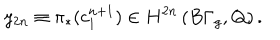
LaTeX: y _ { 2 n } \equiv \pi _ { * } ( c _ { 1 } ^ { n + 1 } ) \in H ^ { 2 n } \left( B \Gamma _ { g } , { \bf Q } \right) .